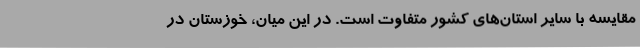
مقایسه با سایر استان‌های کشور متفاوت است. در این میان، خوزستان در